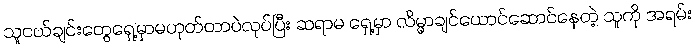
သူငယ်ချင်းတွေရှေ့မှာမဟုတ်တာပဲလုပ်ပြီး ဆရာမ ရှေ့မှာ လိမ္မာချင်ယောင်ဆောင်နေတဲ့ သူကို အရမ်း